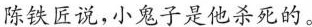
陈铁匠说,小鬼子是他杀死的。